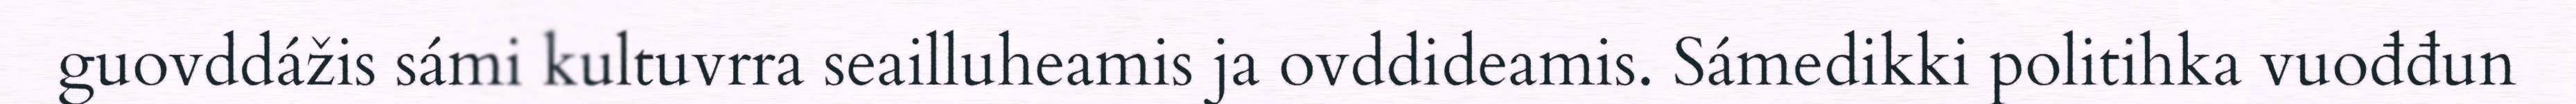
guovddážis sámi kultuvrra seailluheamis ja ovddideamis. Sámedikki politihka vuođđun